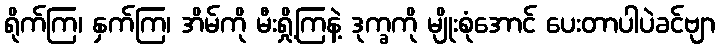
ရိုက်ကြ၊ နှက်ကြ၊ အိမ်ကို မီးရှို့ကြနဲ့ ဒုက္ခကို မျိုးစုံအောင် ပေးတာပါပဲခင်ဗျာ